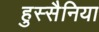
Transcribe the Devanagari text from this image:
हुस्सैनिया